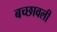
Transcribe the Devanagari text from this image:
बच्छावली